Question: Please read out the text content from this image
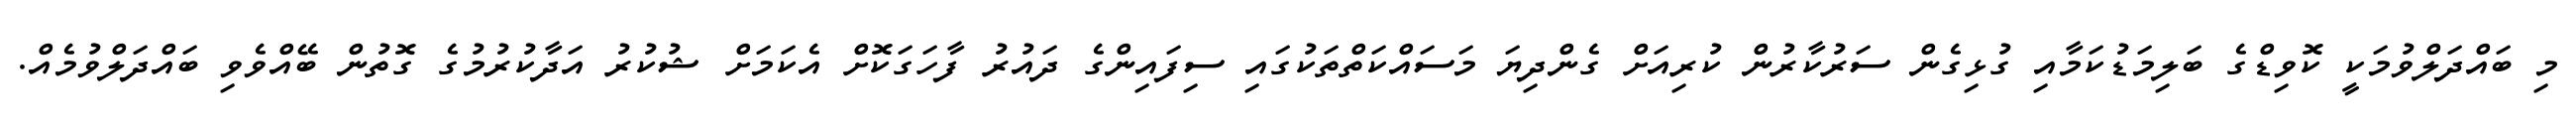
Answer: މި ބައްދަލްވުމަކީ ކޮވިޑްގެ ބަލިމަޑުކަމާއި ގުޅިގެން ސަރުކާރުން ކުރިއަށް ގެންދިޔަ މަސައްކަތްތަކުގައި ސިފައިންގެ ދައުރު ފާހަގަކޮށް އެކަމަށް ޝުކުރު އަދާކުރުމުގެ ގޮތުން ބޭއްވެވި ބައްދަލްވުމެއް.